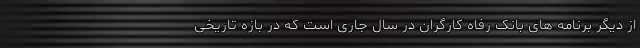
از دیگر برنامه های بانک رفاه کارگران در سال جاری است که در بازه تاریخی